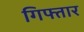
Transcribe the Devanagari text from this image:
गिफ्तार